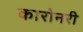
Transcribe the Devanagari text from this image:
कारोनरी